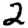
Digit: 2